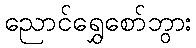
ညောင်ရွှေစော်ဘွား